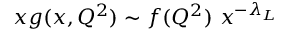
x g ( x , Q ^ { 2 } ) \sim f ( Q ^ { 2 } ) \ x ^ { - \lambda _ { L } }